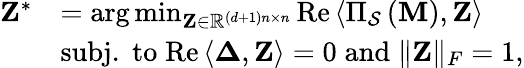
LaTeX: \begin{array}{rl}{\mathbf{Z}^{*}}&{=\arg\operatorname*{min}_{\mathbf{Z}\in\mathbb{R}^{\left(d+1\right)n\times n}}\mathrm{Re}\left\langle\Pi_{\mathcal{S}}\left(\mathbf{M}\right),\mathbf{Z}\right\rangle}\\ &{{\mathrm{subj.\; to}}\; \mathrm{{Re}}\left\langle\mathbf{\Delta},\mathbf{Z}\right\rangle=0\; {\mathrm{and}}\; \| \mathbf{Z}\| _{F}=1,}\end{array}